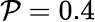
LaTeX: \mathcal{P}=0.4